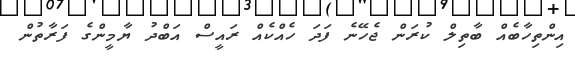
އިންތިހާބެއް ބާތިލް ކުރަން ޖެހޭނެ ފަދަ ހެއްކެއް ރައީސް އަބްދު ޔާމީންގެ ފަރާތުން